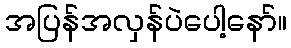
အပြန်အလှန်ပဲပေါ့နော်။